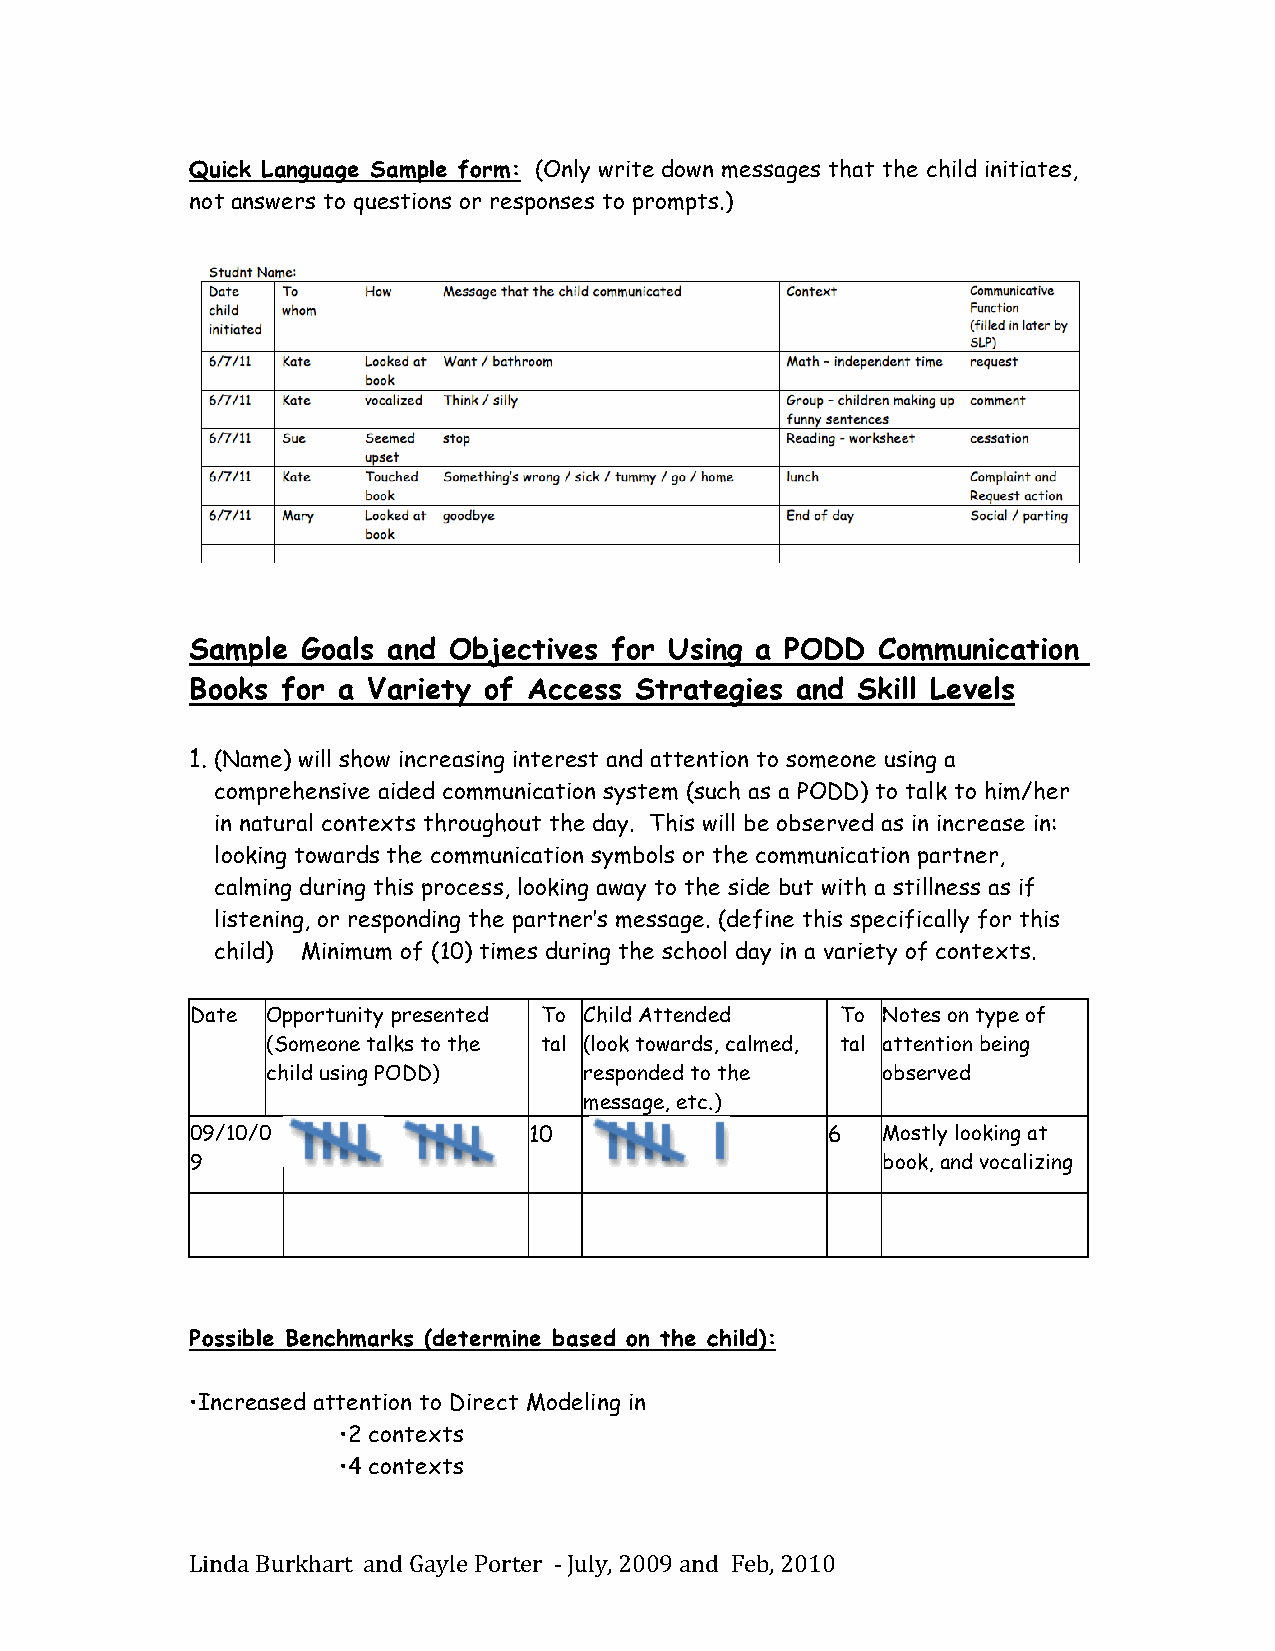
Quick Language Sample form: (Only write down messages that the child initiates,
 not answers to questions or responses to prompts.)
 Sample Goals and Objectives for Using a PODD Communication
 Books for a Variety of Access Strategies and Skill Levels
 1. (Name) will show increasing interest and attention to someone using a
 comprehensive aided communication system (such as a PODD) to talk to him/her
 in natural contexts throughout the day. This will be observed as in increase in:
 looking towards the communication symbols or the communication partner,
 calming during this process, looking away to the side but with a stillness as if
 listening, or responding the partner’s message. (define this specifically for this
 child) Minimum of (10) times during the school day in a variety of contexts.
 Date Opportunity presented To Child Attended To Notes on type of
 (Someone talks to the tal (look towards, calmed, tal attention being
 child using PODD)    responded to the   observed
 message, etc.)
 09/10/0               10                  6  Mostly looking at
 9                                            book, and vocalizing
 Possible Benchmarks (determine based on the child):
 •Increased attention to Direct Modeling in
 •2 contexts
 •4 contexts
 Linda Burkhart and Gayle Porter -­‐‑ July, 2009 and Feb, 2010